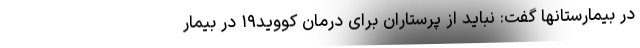
در بیمارستانها گفت: نباید از پرستاران برای درمان کووید۱۹ در بیمار